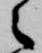
之